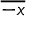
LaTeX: \overline { { - x } }